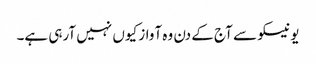
یونیسکو سے آج کے دن وہ آواز کیوں نہیں آرہی ہے۔